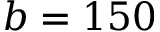
b = 1 5 0